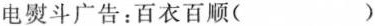
电熨斗广告：百衣百顺()